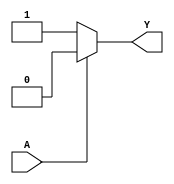
module single_variable_kmap (
    input wire A, // Input variable (1-bit)
    output wire Y // Output (1-bit)
);

// Assign output based on the value of input A
assign Y = (A == 1'b0) ? 1'b1 : 1'b0; // Y0 = 1 when A = 0, Y1 = 0 when A = 1

endmodule